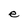
Character: e